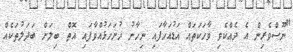
"ނޫސްވެރިން އެ ދެއްކެވި ވާހަކަތައް އަޑުއަހާފައި ނިހާނު ހުށަހަޅުއްވާފައި އޮތް ބިލަށް ބަދަލުތަކެއް